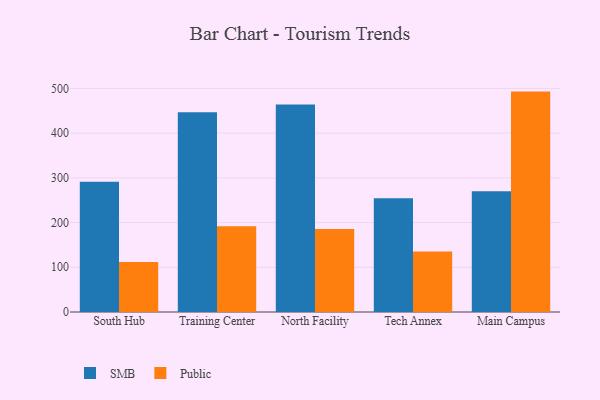
{"axis": {"x": "Campus", "y": "Population (Million)"}, "legend": ["Public", "SMB"], "data": [{"x": "South Hub", "y": 291.1, "type": "SMB"}, {"x": "South Hub", "y": 111.6, "type": "Public"}, {"x": "Training Center", "y": 446.5, "type": "SMB"}, {"x": "Training Center", "y": 191.5, "type": "Public"}, {"x": "North Facility", "y": 463.9, "type": "SMB"}, {"x": "North Facility", "y": 185.7, "type": "Public"}, {"x": "Tech Annex", "y": 254.5, "type": "SMB"}, {"x": "Tech Annex", "y": 135.2, "type": "Public"}, {"x": "Main Campus", "y": 269.9, "type": "SMB"}, {"x": "Main Campus", "y": 492.9, "type": "Public"}]}